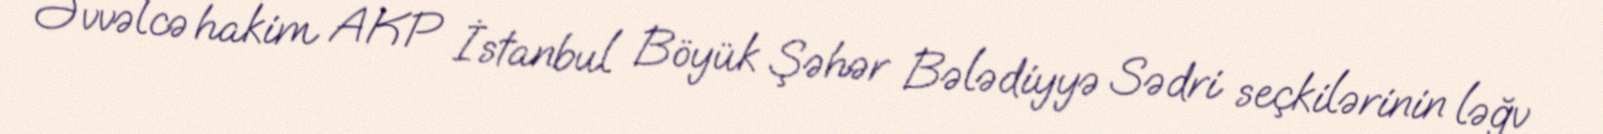
Əvvəlcə hakim AKP İstanbul Böyük Şəhər Bələdiyyə Sədri seçkilərinin ləğv